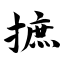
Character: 摭